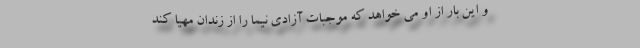
و این بار از او می خواهد که موجبات آزادی نیما را از زندان مهیا کند